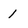
Character: 1